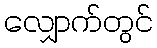
လျှောက်တွင်